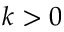
k > 0